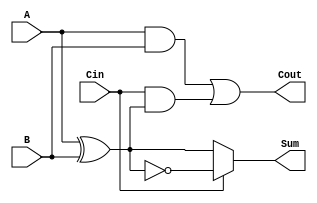
module ConditionalSumFullAdder (
    input wire A,     // First input bit
    input wire B,     // Second input bit
    input wire Cin,   // Carry-in bit
    output wire Sum,  // Resulting sum bit
    output wire Cout  // Carry-out bit
);

    // Internal signals
    wire AxorB;       // Intermediate signal for A XOR B
    wire AandB;       // Intermediate signal for A AND B
    wire CinAndAxorB; // Intermediate signal for Cin AND (A XOR B)

    // Compute A XOR B
    assign AxorB = A ^ B;

    // Compute Carry-out (Cout)
    assign AandB = A & B;
    assign CinAndAxorB = Cin & AxorB;
    assign Cout = AandB | CinAndAxorB;

    // Compute Sum based on the value of Cin
    assign Sum = (Cin == 1'b0) ? AxorB : ~AxorB;

endmodule